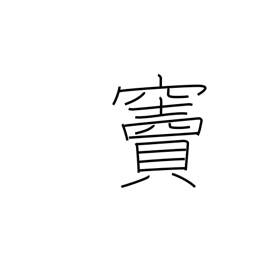
Meaning: doorway